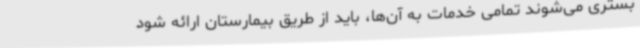
بستری می‌شوند تمامی خدمات به آن‌ها، باید از طریق بیمارستان ارائه شود